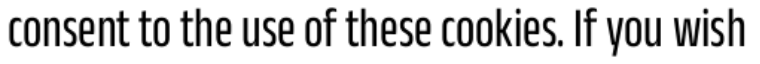
consent to the use of these cookies. If you wish